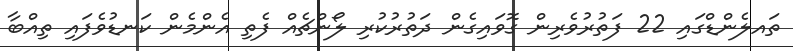
ތައލެންޑްގައި 22 ފަތުރުވެރިން ގޮވައިގެން ދަތުރުކުރި ލޯންޗެއް ފެތި އެންމެން ކަނޑުވެފައި ތިއްބާ